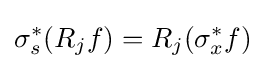
\sigma _{s}^{*}(R_{j}f)=R_{j}(\sigma _{x}^{*}f)